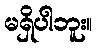
မရှိပါဘူး။